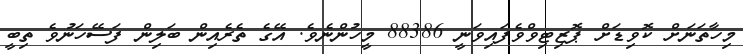
މިހާތަނަށް ކޮވިޑަށް ޕޮޒިޓިވްވެފައިވަނީ 88386 މީހުންނެވެ. އޭގެ ތެރެއިން ބަލިން ފަސޭހަނުވެ ތިބީ